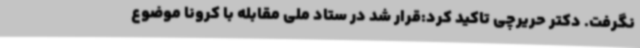
نگرفت. دکتر حریرچی تاکید کرد:قرار شد در ستاد ملی مقابله با کرونا موضوع